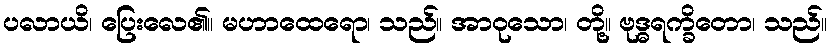
ပလာယိ၊ ပြေးလေ၏။ မဟာထေရော၊ သည်။ အာဝုသော၊ တို့။ ဗုဒ္ဓရက္ခိတော၊ သည်။